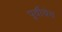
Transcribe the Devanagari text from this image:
पूर्वीचेच